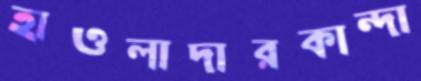
হাওলাদারকান্দা